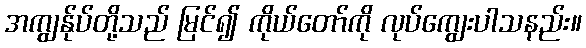
အကျွန်ုပ်တို့သည် မြင်၍ ကိုယ်တော်ကို လုပ်ကျွေးပါသနည်း။